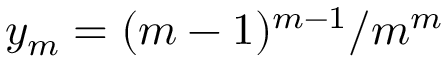
y _ { m } = ( m - 1 ) ^ { m - 1 } / m ^ { m }